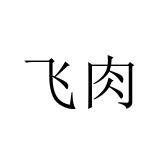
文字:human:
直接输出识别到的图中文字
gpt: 飞肉